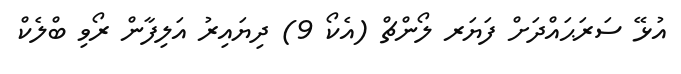
އުޅޭ ސަރަޙައްދަށް ފަޔަރ ލޯންޗް (އެކޯ 9) ދިޔައިރު އަލިފާން ރޯވި ބްލެކް